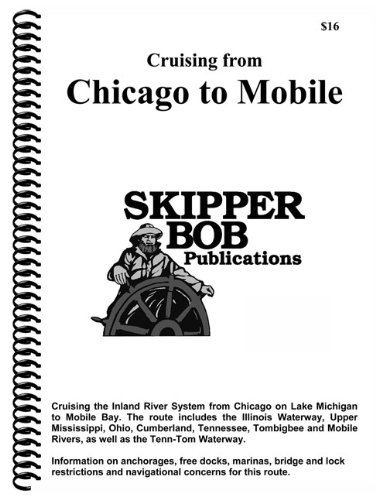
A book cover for Cruising From Chicago to Mobile (Skipper Bob: Great Lakes & Chicago to Mobile Guides); Skipper Bob; Travel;